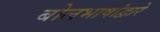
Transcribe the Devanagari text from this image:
बोलभाषांद्वारे